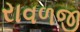
રાવળજી